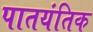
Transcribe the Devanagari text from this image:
पातयंतिक